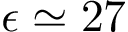
\epsilon \simeq 2 7